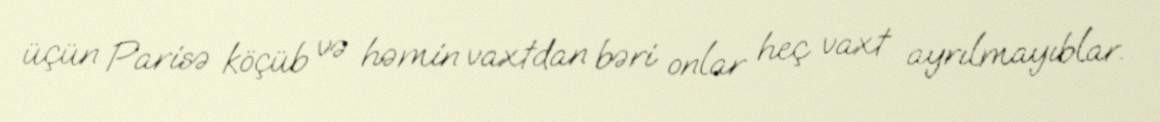
üçün Parisə köçüb və həmin vaxtdan bəri onlar heç vaxt ayrılmayıblar.